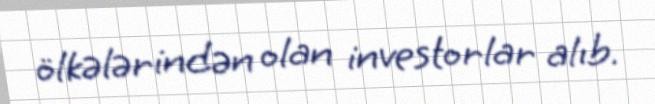
ölkələrindən olan investorlar alıb.